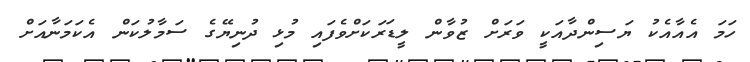
ހަމަ އެއާއެކު ޔަސިންދާއަކީ ވަރަށް ޒުވާން ލީޑަރަކަށްވެފައި މުޅި ދުނިޔޭގެ ސަމާލުކަން އެކަމަނާއަށް